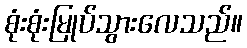
စုံးစုံးမြုပ်သွားလေသည်။